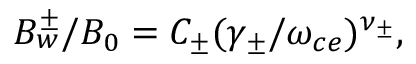
\begin{array} { r } { B _ { w } ^ { \pm } / B _ { 0 } = C _ { \pm } ( \gamma _ { \pm } / \omega _ { c e } ) ^ { \nu _ { \pm } } , } \end{array}